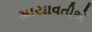
માયાવતીએ